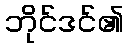
ဘိုင်ဒင်၏